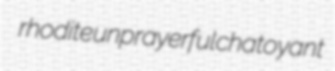
rhodite unprayerful chatoyant